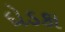
દોડકા